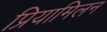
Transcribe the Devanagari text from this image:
प्रियामिलन